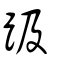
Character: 趿